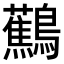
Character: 𬷹